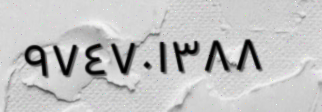
٩٧٤٧٠١٣٨٨